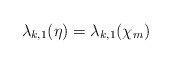
\begin{align*}\lambda_{k,1}(\eta)=\lambda_{k,1}(\chi_m)\end{align*}